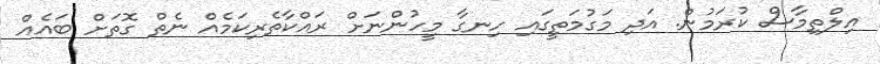
އިލްތިމާސް ކުރަމުން. އަދި މަގުމަތީގައި ހިނގާ މީހުންނަށް ރައްކާތެރިކަމެއް ނެތް ގޮތަށް ބައެއް